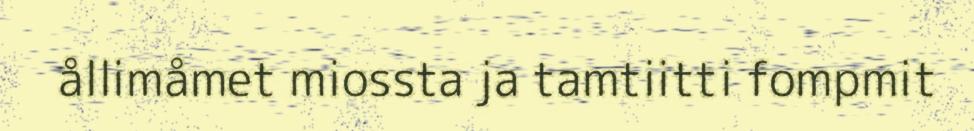
ållimåmet miossta ja tamtiitti fompmit